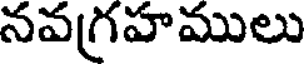
నవగ్రహములు